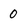
Character: 0